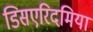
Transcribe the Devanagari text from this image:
डिसएरिदमिया